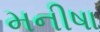
મનીષા